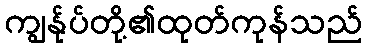
ကျွန်ုပ်တို့၏ထုတ်ကုန်သည်